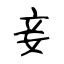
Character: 妾